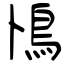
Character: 鳪